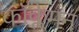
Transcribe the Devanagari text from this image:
कॉक्लेमन